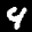
Label: 4